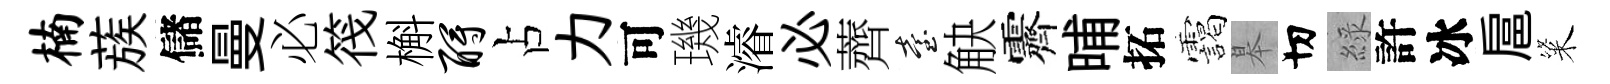
楠蔟儲曼必筏槲酹占力可璣濬必薺臺觖霽晡拓靄皋切綠許冰扈粢